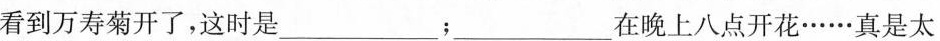
看到万寿菊开了，这时是___；___在晚上八点开花……真是太